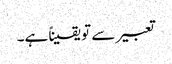
تعبیر سے تو یقیناً ہے۔